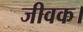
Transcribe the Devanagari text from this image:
जीवक।